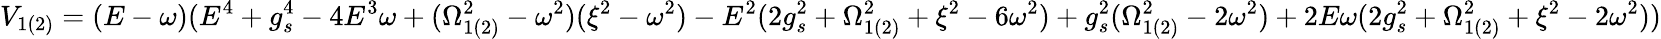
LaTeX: V_{1(2)}=(E-\omega)(E^{4}+g_{s}^{4}-4E^{3}\omega+(\Omega_{1(2)}^{2}-\omega^{2})(\xi^{2}-\omega^{2})-E^{2}(2g_{s}^{2}+\Omega_{1(2)}^{2}+\xi^{2}-6\omega^{2})+g_{s}^{2}(\Omega_{1(2)}^{2}-2\omega^{2})+2E\omega(2g_{s}^{2}+\Omega_{1(2)}^{2}+\xi^{2}-2\omega^{2}))